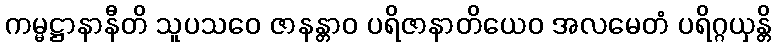
ကမ္မဋ္ဌာနာနီတိ သူပသဝေ ဇာနန္တာဝ ပရိဇာနာတိယေဝ အလမေတံ ပရိဂ္ဂယှန္တိ